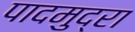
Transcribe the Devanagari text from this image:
पादमुद्रा